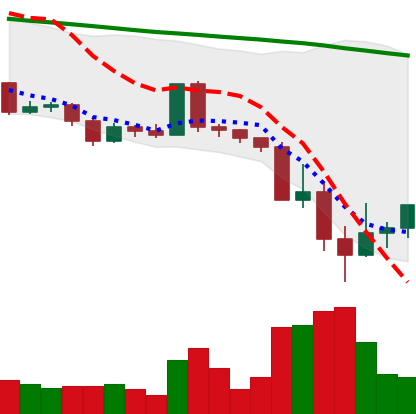
Ticker: ADA-USD
Chart end date: 2022-05-15
Forward return: -13.321%
Label: down_7plus